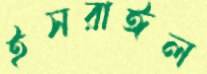
ইসরাঈল